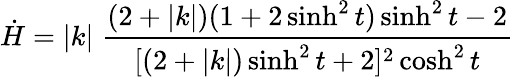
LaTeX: \dot{H}=|k|\; \frac{(2+|k|)(1+2\sinh^{2}t)\sinh^{2}t-2}{[(2+|k|)\sinh^{2}t+2]^{2}\cosh^{2}t}